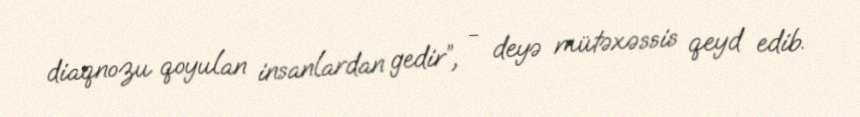
diaqnozu qoyulan insanlardan gedir”, - deyə mütəxəssis qeyd edib.